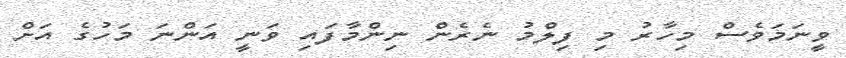
ވީނަމަވެސް މިހާރު މި ފިލްމު ނެރެން ނިންމާފައި ވަނީ އަންނަ މަހުގެ އަށް